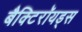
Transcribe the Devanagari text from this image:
बैक्टिरॉयड्स